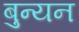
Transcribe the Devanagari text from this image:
बुन्यन